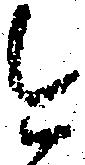
今